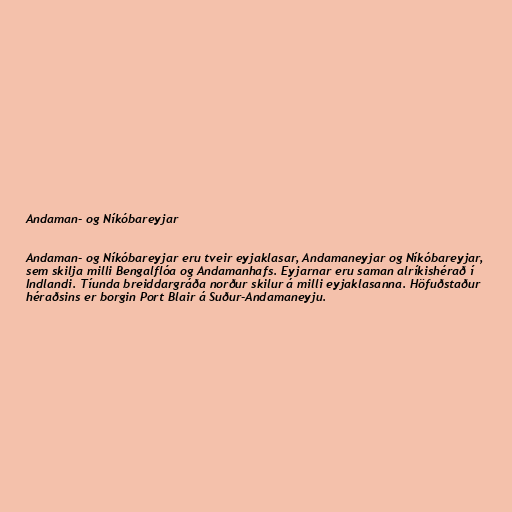
Andaman- og Níkóbareyjar

Andaman- og Níkóbareyjar eru tveir eyjaklasar, Andamaneyjar og Níkóbareyjar,
sem skilja milli Bengalflóa og Andamanhafs. Eyjarnar eru saman alríkishérað í
Indlandi. Tíunda breiddargráða norður skilur á milli eyjaklasanna. Höfuðstaður
héraðsins er borgin Port Blair á Suður-Andamaneyju.